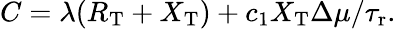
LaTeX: \begin{array}{r}{C=\lambda(R_{\mathrm{T}}+X_{\mathrm{T}})+c_{1}X_{\mathrm{T}}\Delta\mu/{\tau_{\mathrm{r}}}.}\end{array}